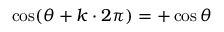
\cos ( \theta + k \cdot 2 \pi ) = + \cos \theta